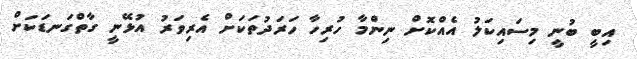
އިބީ ބުނީ މިސައިކަލު އެއްކޮށް ނިންމާ ހުރިހާ ހަރަދުތަކަށް އެރިވަރު އުޅޭނީ ގާތްގަނޑަކަށް